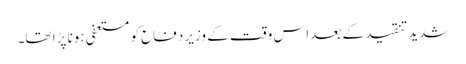
شدید تنقید کے بعد اس وقت کے وزیر دفاع کو مستعفی ہونا پڑا تھا۔